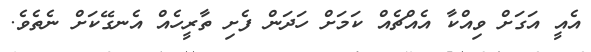
އެއީ އަގަށް ވިއްކާ އެއްޗެއް ކަމަށް ހަދަން ފެށި ތާރީހެއް އެނގޭކަށް ނެތެވެ.